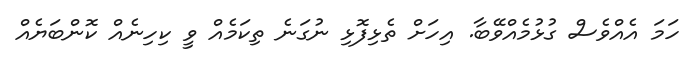
ހަމަ އެއްވެސް ގުޅުމެއްވޭބާ. އިހަށް ތެޅިފޮޅި ނުގަނެ ތިކަމެއް ވީ ކިހިނެއް ކޮންބަޔެއް